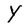
Character: Y